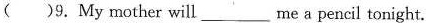
()9. My mother will me a pencil tonight.